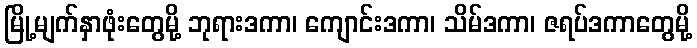
မြို့မျက်နှာဖုံးတွေမို့ ဘုရားဒကာ၊ ကျောင်းဒကာ၊ သိမ်ဒကာ၊ ဇရပ်ဒကာတွေမို့